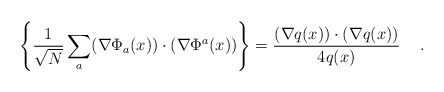
\begin{align*}\left\{ \frac{1}{\sqrt{N}} \sum_a (\nabla\Phi_{a}(x)) \cdot(\nabla\Phi^a(x)) \right\}= \frac{(\nabla q(x)) \cdot (\nabla q(x))}{4q(x)} \hspace*{0.5cm} .\end{align*}